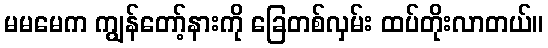
မမမေက ကျွန်တော့်နားကို ခြေတစ်လှမ်း ထပ်တိုးလာတယ်။